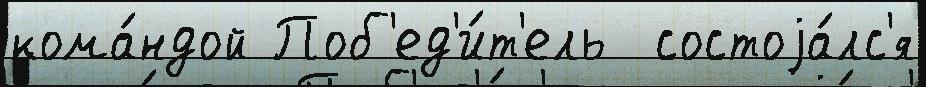
кома́ндой Поб'ед'и́т'ель  состоjа́лс'я